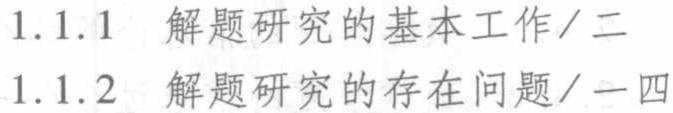
1.1.1 解题研究的基本工作/二

1.1.2 解题研究的存在问题/一四